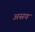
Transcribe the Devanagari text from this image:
अस्रव